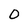
Character: 0